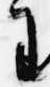
王